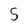
Character: 5